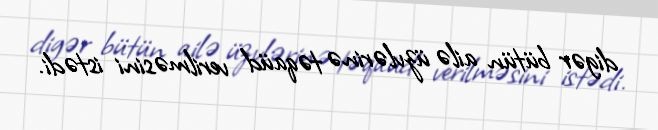
digər bütün ailə üzvlərinə təqaüd verilməsini istədi.